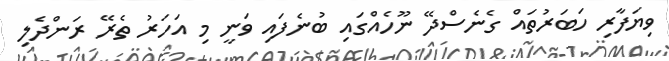
ވިޔަފާރި ހަބަރުތައް ގެނެސްދޭ ނޫހެއްގައި ބުނެފައި ވަނީ މި އަހަރު ތެރޭ ރަންދެލި